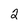
Character: 2